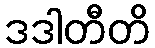
ဒဒါတီတိ